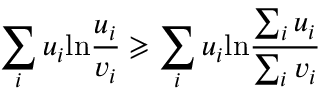
\sum _ { i } u _ { i } \mathrm { l n } \frac { u _ { i } } { v _ { i } } \geqslant \sum _ { i } u _ { i } \mathrm { l n } \frac { \sum _ { i } u _ { i } } { \sum _ { i } v _ { i } }